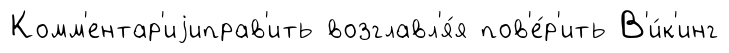
Комм'ентар'иjиправ'ить возглавл'я́я пов'е́р'ить В'и́к'инг